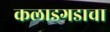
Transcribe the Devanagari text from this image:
कलाडगडाचा